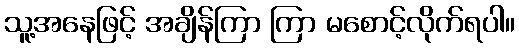
သူ့အနေဖြင့် အချိန်ကြာ ကြာ မစောင့်လိုက်ရပါ။